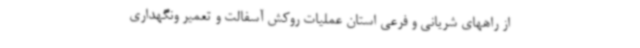
از راههای شریانی و فرعی استان عملیات روکش آسفالت و تعمیر ونگهداری